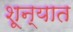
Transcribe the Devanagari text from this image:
शून्यात